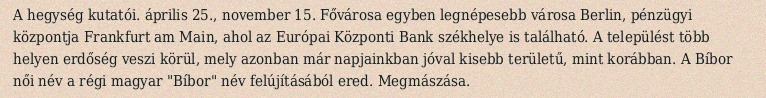
A hegység kutatói. április 25., november 15. Fővárosa egyben legnépesebb városa Berlin, pénzügyi központja Frankfurt am Main, ahol az Európai Központi Bank székhelye is található. A települést több helyen erdőség veszi körül, mely azonban már napjainkban jóval kisebb területű, mint korábban. A Bíbor női név a régi magyar "Bíbor" név felújításából ered. Megmászása.